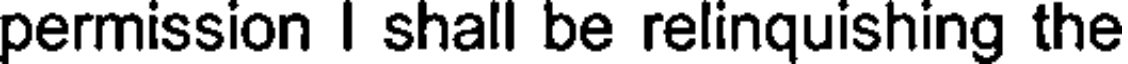
permission I shall be relinquishing the